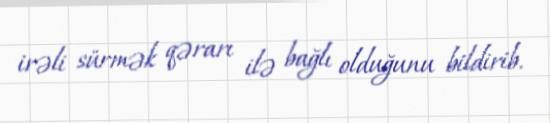
irəli sürmək qərarı ilə bağlı olduğunu bildirib.